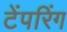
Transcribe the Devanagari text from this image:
टेंपरिंग